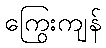
ကြွေးကျန်